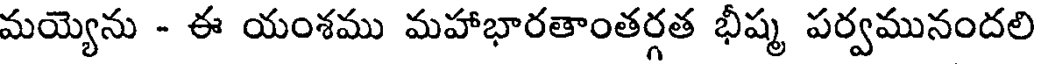
మయ్యెను - ఈ యంశము మహాభారతాంతర్గత భీష్మ పర్వమునందలి